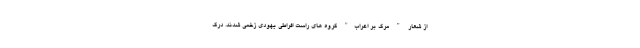
از شعار " مرگ بر اعراب" گروه های راست افراطی یهودی زخمی شدند. درگ